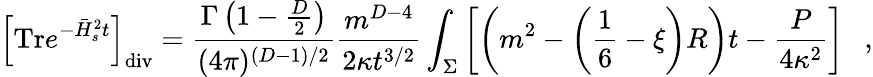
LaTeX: \left[\mathrm{Tr}e^{-\bar{H}_{s}^{2}t}\right]_{\mathrm{div}}={\frac{\Gamma\left(1-\frac D2\right)}{(4\pi)^{(D-1)/2}}}{\frac{m^{D-4}}{2\kappa t^{3/2}}}\int_{\Sigma}\left[\left(m^{2}-\left(\frac 16-\xi\right)R\right)t-{\frac{P}{4\kappa^{2}}}\right]~~~,